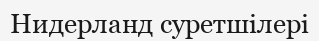
Нидерланд суретшілері